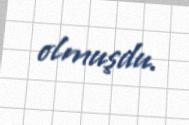
olmuşdu.